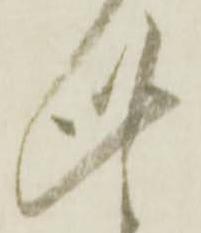
此